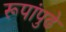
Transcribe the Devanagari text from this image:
रूपांपुढे